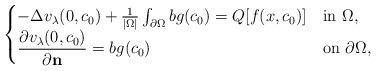
LaTeX: \begin{align*}\begin{cases}-\Delta v_\lambda (0,c_0) + \frac{1}{|\Omega|} \int_{\partial \Omega} b g(c_0) = Q[f(x, c_0)] & \mbox{in $\Omega$}, \\ \dfrac{\partial v_\lambda (0,c_0)}{\partial \mathbf{n}} = b g(c_0) & \mbox{on $\partial \Omega$}, \end{cases}\end{align*}